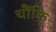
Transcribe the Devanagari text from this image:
चौंकि